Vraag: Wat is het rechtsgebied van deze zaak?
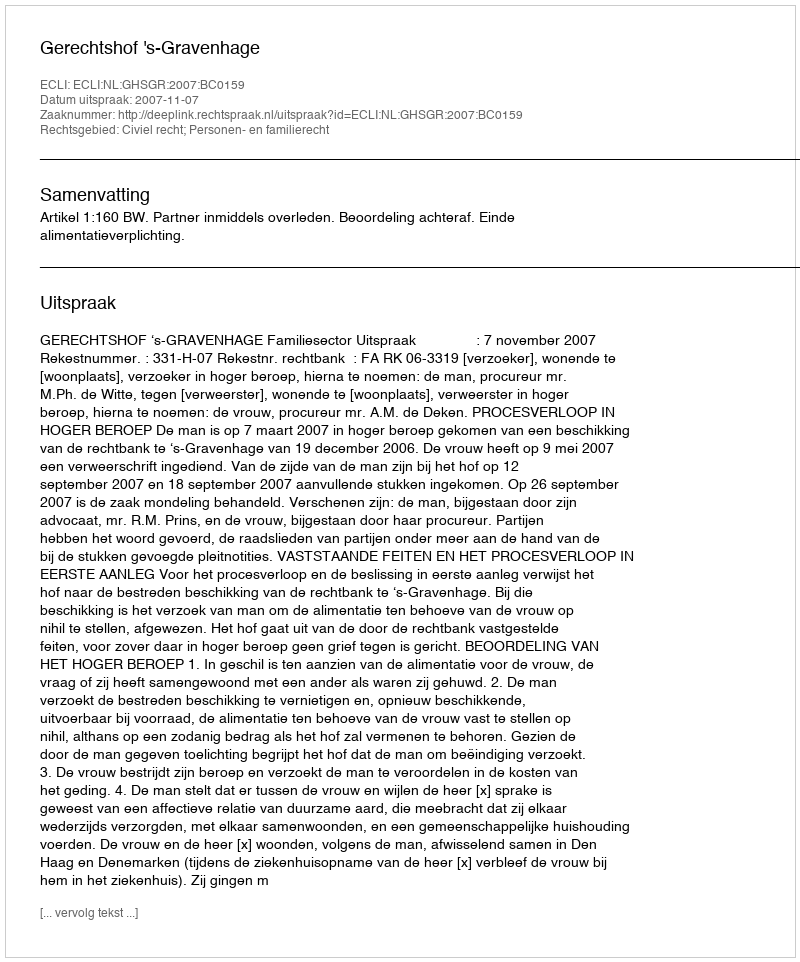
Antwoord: Civiel recht; Personen- en familierecht